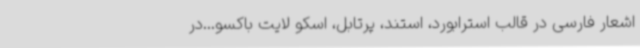
اشعار فارسی در قالب استرابورد، استند، پرتابل، اسکو لایت باکسو...در